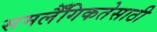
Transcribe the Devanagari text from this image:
समलैँगिकतेसाठी